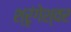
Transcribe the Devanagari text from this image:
श्रृंगेश्वर